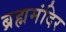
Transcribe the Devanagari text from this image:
ब्रह्ममंदिर